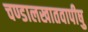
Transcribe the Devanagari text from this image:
चण्डालखातवापीषु